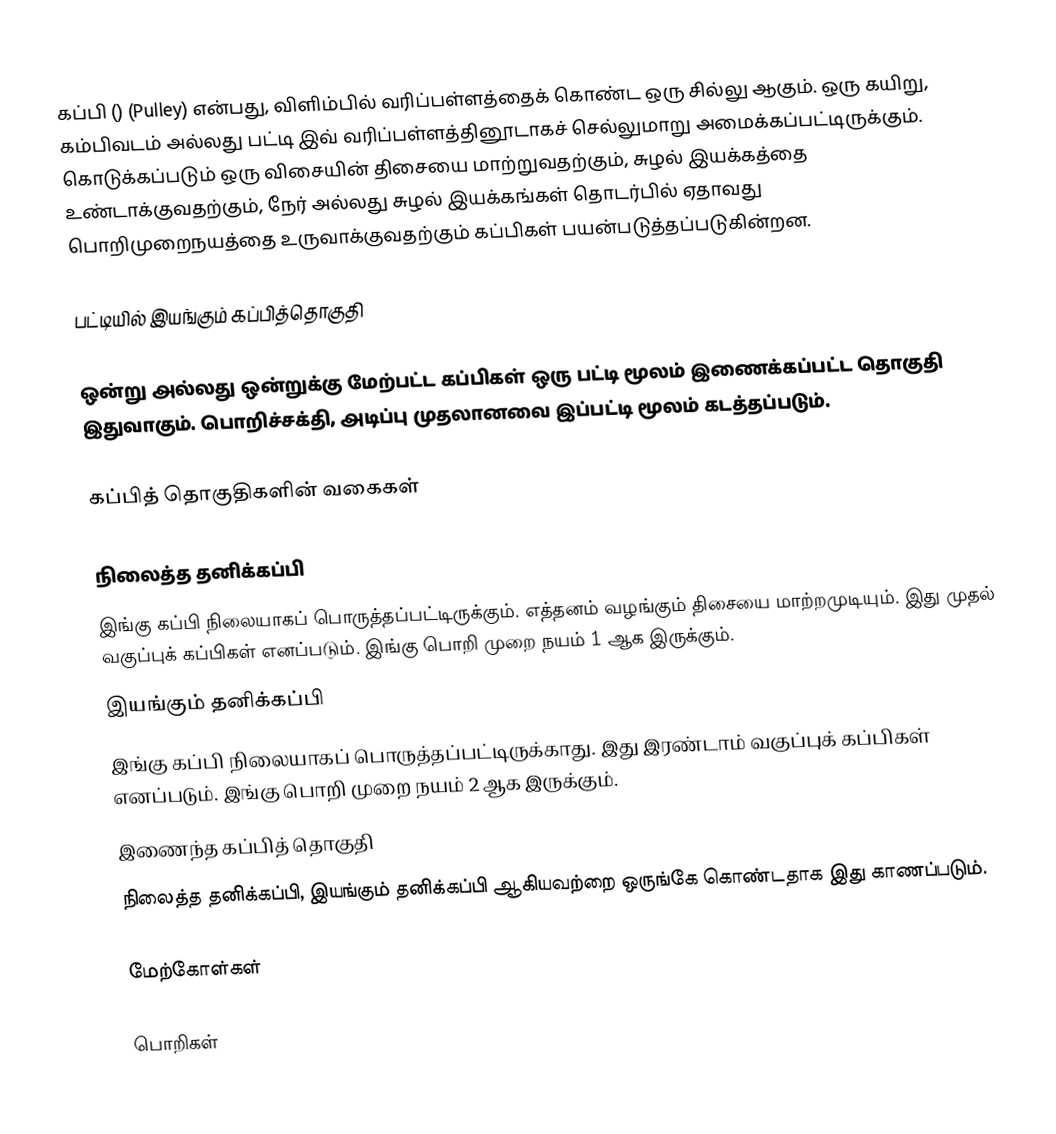
கப்பி ()  (Pulley) என்பது, விளிம்பில் வரிப்பள்ளத்தைக் கொண்ட ஒரு சில்லு ஆகும். ஒரு கயிறு, கம்பிவடம் அல்லது பட்டி இவ் வரிப்பள்ளத்தினூடாகச் செல்லுமாறு அமைக்கப்பட்டிருக்கும். கொடுக்கப்படும் ஒரு விசையின் திசையை மாற்றுவதற்கும், சுழல் இயக்கத்தை உண்டாக்குவதற்கும், நேர் அல்லது சுழல் இயக்கங்கள் தொடர்பில் ஏதாவது பொறிமுறைநயத்தை உருவாக்குவதற்கும் கப்பிகள் பயன்படுத்தப்படுகின்றன.

பட்டியில் இயங்கும் கப்பித்தொகுதி

ஒன்று அல்லது ஒன்றுக்கு மேற்பட்ட கப்பிகள் ஒரு பட்டி மூலம் இணைக்கப்பட்ட தொகுதி இதுவாகும். பொறிச்சக்தி, அடிப்பு முதலானவை இப்பட்டி மூலம் கடத்தப்படும்.

கப்பித் தொகுதிகளின் வகைகள்

நிலைத்த தனிக்கப்பி
இங்கு கப்பி நிலையாகப் பொருத்தப்பட்டிருக்கும். எத்தனம் வழங்கும் திசையை மாற்றமுடியும். இது முதல் வகுப்புக் கப்பிகள் எனப்படும். இங்கு பொறி முறை நயம் 1 ஆக இருக்கும்.
 இயங்கும் தனிக்கப்பி
இங்கு கப்பி நிலையாகப் பொருத்தப்பட்டிருக்காது. இது இரண்டாம் வகுப்புக் கப்பிகள் எனப்படும். இங்கு பொறி முறை நயம் 2 ஆக இருக்கும்.
 இணைந்த கப்பித் தொகுதி
நிலைத்த தனிக்கப்பி, இயங்கும் தனிக்கப்பி ஆகியவற்றை ஒருங்கே கொண்டதாக இது காணப்படும்.

மேற்கோள்கள்

பொறிகள்